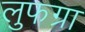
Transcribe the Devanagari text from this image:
लुफग्रा